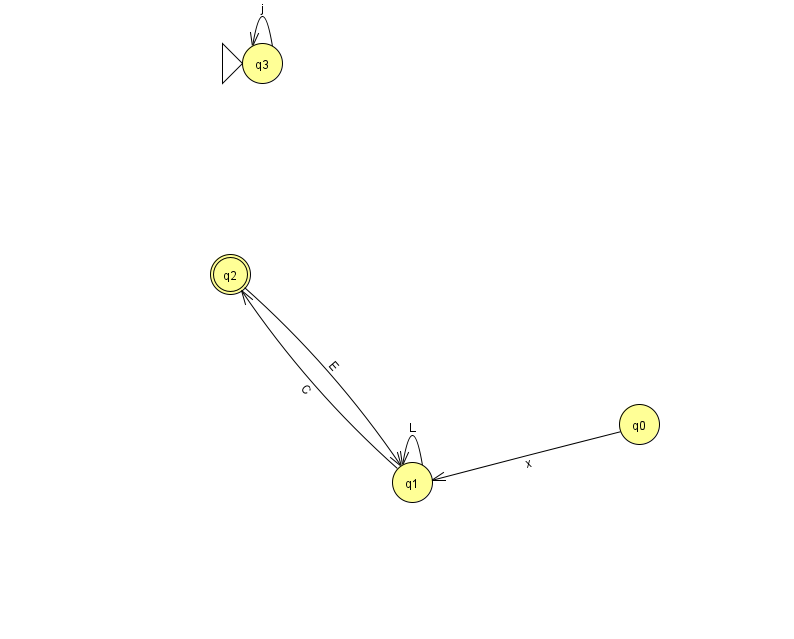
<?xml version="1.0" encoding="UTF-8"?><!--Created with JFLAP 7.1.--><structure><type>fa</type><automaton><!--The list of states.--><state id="0" name="q0"><x>639.0</x><y>411.0</y></state><state id="1" name="q1"><x>412.0</x><y>469.0</y></state><state id="2" name="q2"><x>230.0</x><y>261.0</y><final/></state><state id="3" name="q3"><x>262.0</x><y>50.0</y><initial/></state><!--The list of transitions.--><transition><from>1</from><to>2</to><read>C</read></transition><transition><from>0</from><to>1</to><read>x</read></transition><transition><from>2</from><to>1</to><read>E</read></transition><transition><from>3</from><to>3</to><read>j</read></transition><transition><from>1</from><to>1</to><read>L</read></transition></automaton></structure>